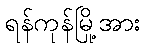
ရန်ကုန်မြို့အား